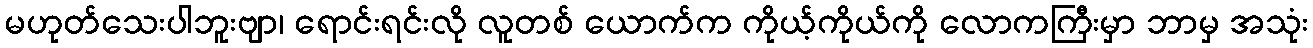
မဟုတ်သေးပါဘူးဗျာ၊ ရောင်းရင်းလို လူတစ် ယောက်က ကိုယ့်ကိုယ်ကို လောကကြီးမှာ ဘာမှ အသုံး